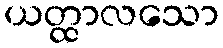
ယတ္ထာလသော